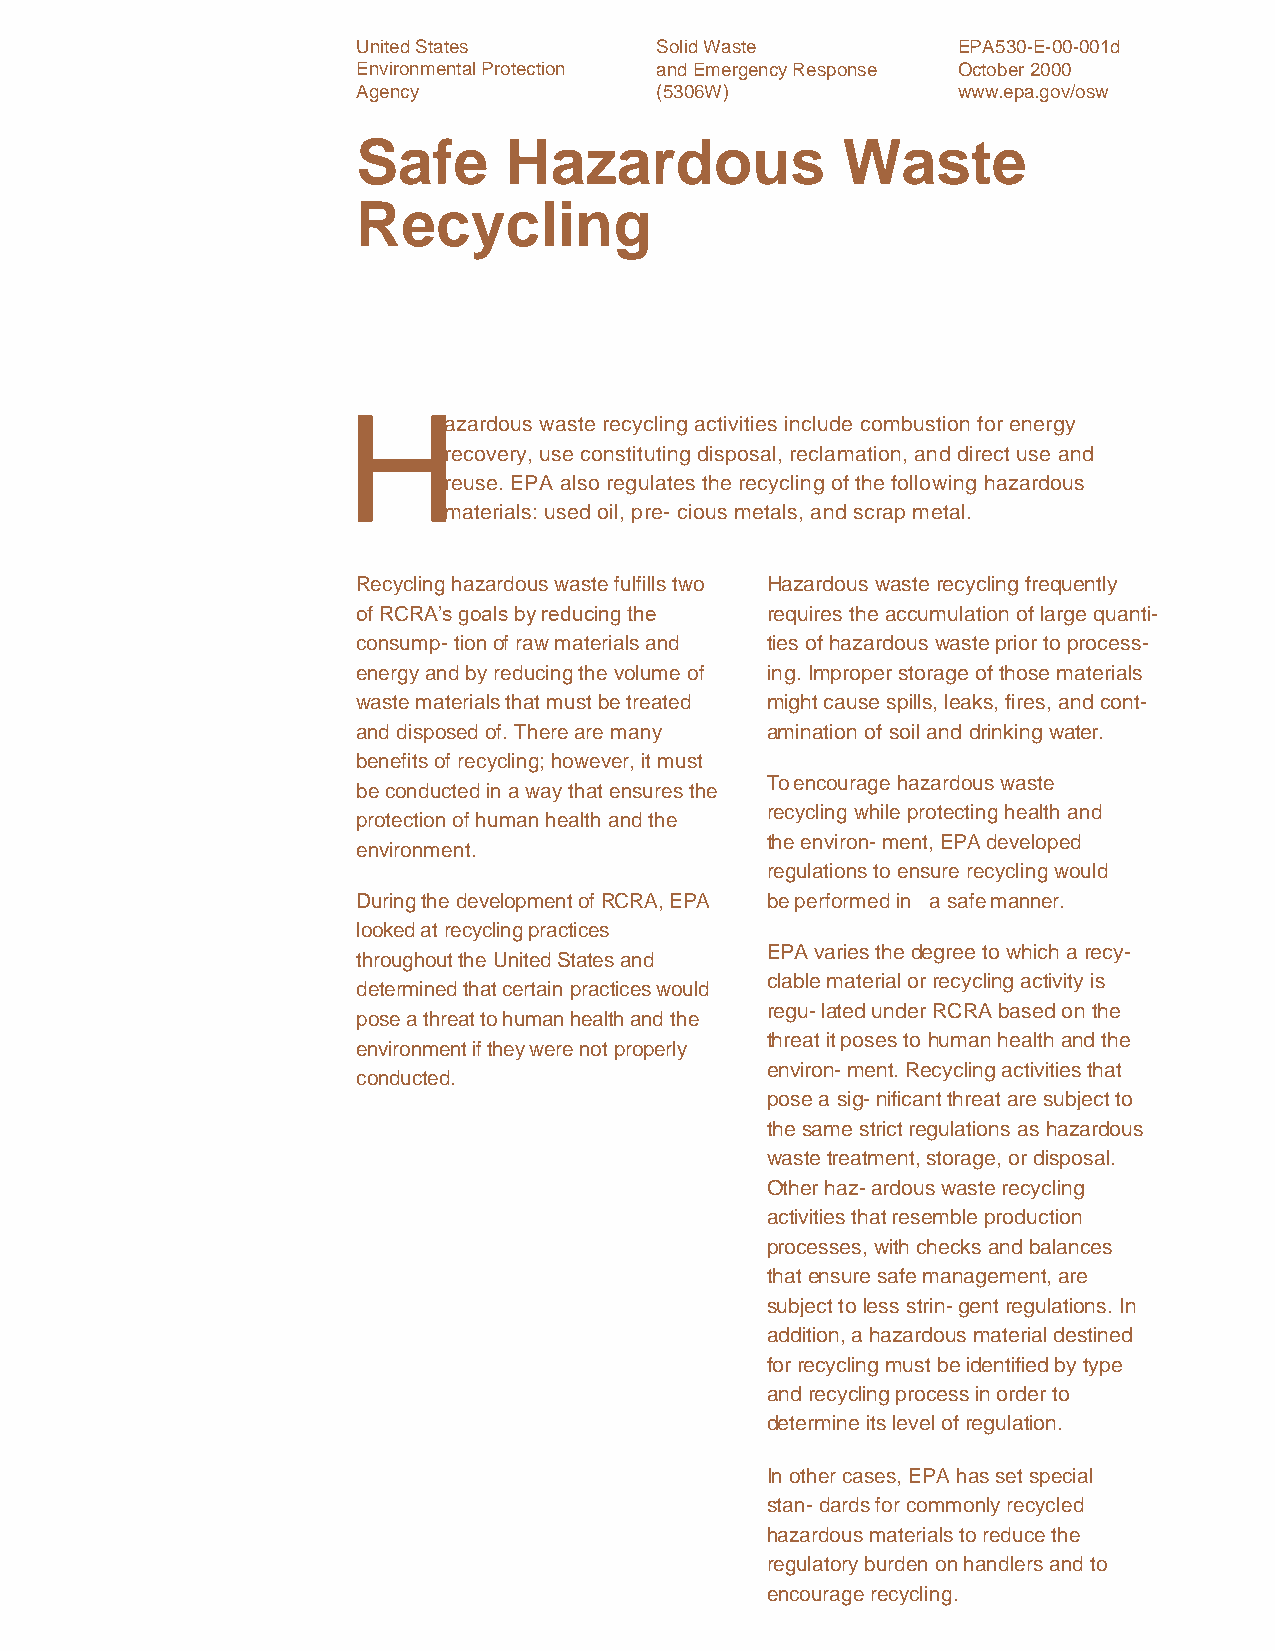
United States      Solid Waste         EPA530-E-00-001d
 Environmental Protection and Emergency Response October 2000
 Agency             (5306W)             www.epa.gov/osw
 Safe     Hazardous              Waste
 Recycling
 The mission of the U.S.
 Environmental Protection
 Agency (EPA) is to protect H
 azardous waste recycling activities include combustion for energy
 human health and safe-
 recovery, use constituting disposal, reclamation, and direct use and
 guard the environment.
 reuse. EPA also regulates the recycling of the following hazardous
 One way EPA helps fulfill
 materials: used oil, pre- cious metals, and scrap metal.
 its mission is by regulat-
 ing the management and
 Recycling hazardous waste fulfills two Hazardous waste recycling frequently
 disposal of hazardous
 of RCRA’s goals by reducing the requires the accumulation of large quanti-
 wastes under the
 consump- tion of raw materials and ties of hazardous waste prior to process-
 Resource Conservation
 energy and by reducing the volume of ing. Improper storage of those materials
 and Recovery Act (RCRA).
 waste materials that must be treated might cause spills, leaks, fires, and cont-
 RCRA has the following
 and disposed of. There are many amination of soil and drinking water.
 three general goals: To
 benefits of recycling; however, it must
 protect human health and
 To encourage hazardous waste
 the environment • To be conducted in a way that ensures the
 recycling while protecting health and
 reduce waste while con- protection of human health and the
 the environ- ment, EPA developed
 serving energy and natur- environment.
 regulations to ensure recycling would
 al resources • To reduce
 During the development of RCRA, EPA be performed in a safe manner.
 or eliminate the genera-
 looked at recycling practices
 tion of hazardous waste.
 EPA varies the degree to which a recy-
 throughout the United States and
 clable material or recycling activity is
 determined that certain practices would
 regu- lated under RCRA based on the
 pose a threat to human health and the
 threat it poses to human health and the
 environment if they were not properly
 environ- ment. Recycling activities that
 conducted.
 pose a sig- nificant threat are subject to
 the same strict regulations as hazardous
 waste treatment, storage, or disposal.
 Other haz- ardous waste recycling
 activities that resemble production
 processes, with checks and balances
 that ensure safe management, are
 subject to less strin- gent regulations. In
 addition, a hazardous material destined
 for recycling must be identified by type
 and recycling process in order to
 determine its level of regulation.
 In other cases, EPA has set special
 stan- dards for commonly recycled
 hazardous materials to reduce the
 regulatory burden on handlers and to
 encourage recycling.